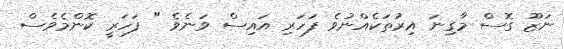
ނަޒޫ ގޮސް މާގިނަ އިރުތަކެއްނުވެ ފަހަރި އައިސް ވަނެވެ " ފަހަރީ ކޮންމެވެސް